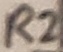
Text: R2